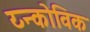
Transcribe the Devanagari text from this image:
य्न्कोविक